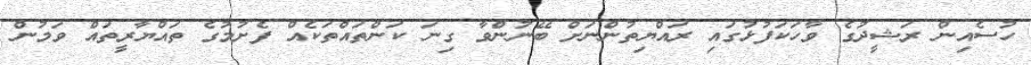
ހުސެއިން ރަޝީދުގެ ވާހަކަފުޅުގައި ރައްޔިތުންނަށް ބޭނުންވާ ގިނަ ކަންތައްތަކެއް ފެށުމުގެ ތައްޔާރީތައް ވަމުން